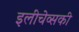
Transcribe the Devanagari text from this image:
इलीचेव्सकी